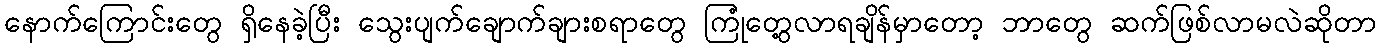
နောက်ကြောင်းတွေ ရှိနေခဲ့ပြီး သွေးပျက်ချောက်ချားစရာတွေ ကြုံတွေ့လာရချိန်မှာတော့ ဘာတွေ ဆက်ဖြစ်လာမလဲဆိုတာ